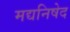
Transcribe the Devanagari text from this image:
मद्यनिषेद